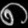
Digit: ၈